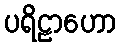
ပရိဠာဟော